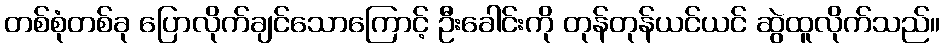
တစ်စုံတစ်ခု ပြောလိုက်ချင်သောကြောင့် ဦးခေါင်းကို တုန်တုန်ယင်ယင် ဆွဲထူလိုက်သည်။